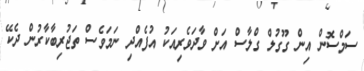
ސަމްސޮން އިން ގޫގުލް ގްލާސް އަށް ވާދަވެރިއަކު އުފެއްދި ނަމަވެސް ތަޖުރިބާކާރުން ދެކޭ